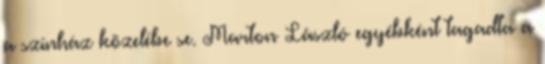
a színház közelébe se. Marton László egyébként tagadta a